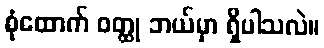
စုံထောက် ဝတ္ထု ဘယ်မှာ ရှိပါသလဲ။